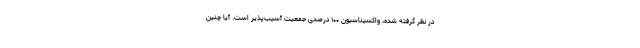
در نظر گرفته شده، واکسیناسیون ۱۰۰ درصدی جمعیت آسیب‌پذیر است. آیا چنین